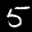
Label: 5